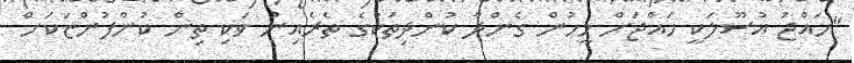
"ހައްޖު އުސޫލަކީ ހައްޖަށް މީހުން ގެންދާ ކުންދިތަކުގެ ތެރެއިން ވަކި ތިން ކުންފުންޏަކަށް